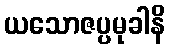
ယသောဇပ္ပမုခါနိ